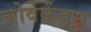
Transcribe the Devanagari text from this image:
लोवेंक्रेंड्स